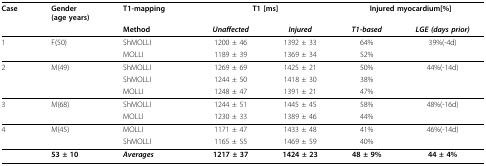
<table><thead><tr><td><b>Case</b></td><td><b>Gender(age years)</b></td><td><b>T1-mapping</b></td><td colspan="2"><b>T1 [ms]</b></td><td colspan="2"><b>Injured myocardium[%]</b></td></tr><tr><td></td><td></td><td><b>Method</b></td><td><b><i>Unaffected</i></b></td><td><b><i>Injured</i></b></td><td><b><i>T1-based</i></b></td><td><b><i>LGE (days prior)</i></b></td></tr></thead><tbody><tr><td>1</td><td>F(50)</td><td>ShMOLLI</td><td>1200 ± 46</td><td>1392 ± 33</td><td>64%</td><td>39%(-4d)</td></tr><tr><td></td><td></td><td>MOLLI</td><td>1189 ± 39</td><td>1369 ± 34</td><td>52%</td><td></td></tr><tr><td>2</td><td>M(49)</td><td>ShMOLLI</td><td>1269 ± 69</td><td>1425 ± 21</td><td>50%</td><td>44%(-14d)</td></tr><tr><td></td><td></td><td>ShMOLLI</td><td>1244 ± 50</td><td>1418 ± 30</td><td>38%</td><td></td></tr><tr><td></td><td></td><td>MOLLI</td><td>1248 ± 47</td><td>1391 ± 21</td><td>47%</td><td></td></tr><tr><td>3</td><td>M(68)</td><td>ShMOLLI</td><td>1244 ± 51</td><td>1445 ± 45</td><td>58%</td><td>48%(-16d)</td></tr><tr><td></td><td></td><td>MOLLI</td><td>1230 ± 33</td><td>1389 ± 46</td><td>44%</td><td></td></tr><tr><td>4</td><td>M(45)</td><td>MOLLI</td><td>1171 ± 47</td><td>1433 ± 48</td><td>41%</td><td>46%(-14d)</td></tr><tr><td></td><td></td><td>ShMOLLI</td><td>1165 ± 55</td><td>1469 ± 59</td><td>40%</td><td></td></tr><tr><td></td><td><b>53 ± 10</b></td><td><b><i>Averages</i></b></td><td><b>1217 ± 37</b></td><td><b>1424 ± 23</b></td><td><b>48 ± 9%</b></td><td><b>44 ± 4%</b></td></tr></tbody></table>